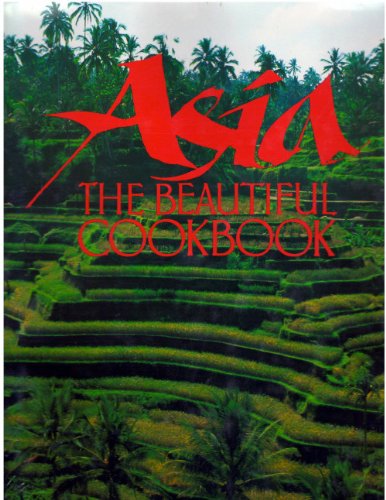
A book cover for Asia The Beautiful Cookbook; passmore; Cookbooks, Food & Wine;